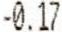
-0.17